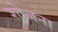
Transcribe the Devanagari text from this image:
शोजना